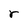
Character: r